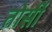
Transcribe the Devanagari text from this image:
तोर्सी